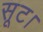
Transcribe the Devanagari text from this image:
सूट।